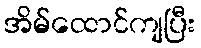
အိမ်ထောင်ကျပြီး